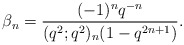
\begin{align*} \beta_n = \frac{(-1)^nq^{-n}}{(q^2;q^2)_{n}(1-q^{2n+1})}.\end{align*}